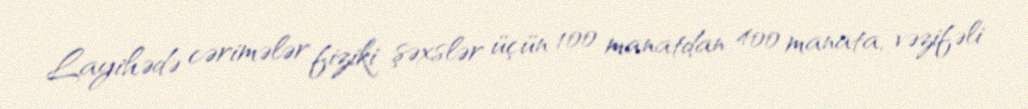
Layihədə cərimələr fiziki şəxslər üçün 100 manatdan 400 manata, vəzifəli